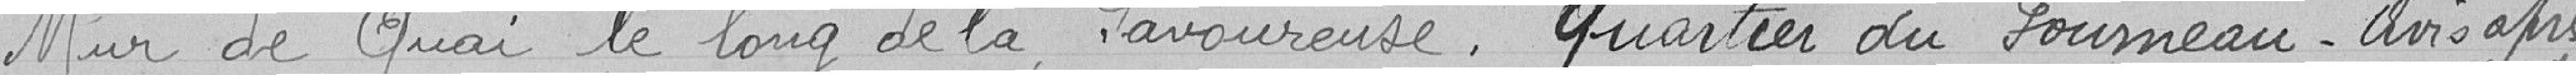
Mur de Quai le long de la Savoureuse. Quartier du Fourneau. Avis après enquete .